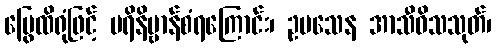
မြွေထိရုံဖြင့် ပရိနိဗ္ဗာန်စံရကြောင်း၊ ဥပသေန အာသီဝိသသုတ်၊